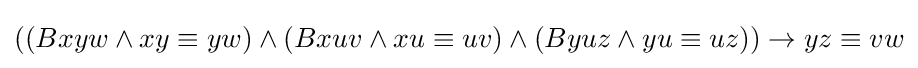
((Bxyw\land xy\equiv yw)\land (Bxuv\land xu\equiv uv)\land (Byuz\land yu\equiv uz))\rightarrow yz\equiv vw